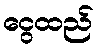
ငွေထည်